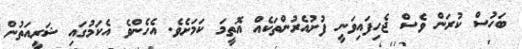
ބަހުސް ކުރަން ވެސް ޖެހިފައިވަނީ ފުށުއެރުންތަކެއް އޮތީމަ ކަމަށެވެ. އެހެންވެ އެކަމުގައި ޝަރީއަތުން